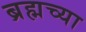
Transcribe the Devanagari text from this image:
ब्रह्मच्या